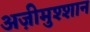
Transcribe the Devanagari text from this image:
अज़ीमुश्शान